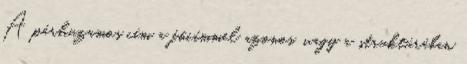
A párhuzamos cím a főcímmel azonos, vagy a struktúrában